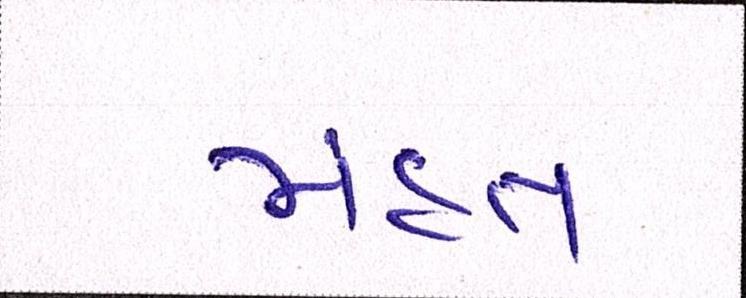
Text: મંહત